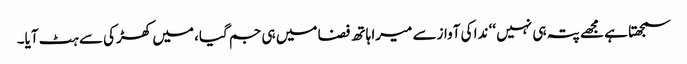
سمجھتا ہے مجھے پتہ ہی نہیں ‘‘ ندا کی آوازسے میرا ہاتھ فضا میں ہی جم گیا، میں کھڑکی سے ہٹ آیا۔